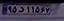
۹۵د۱۱۵۶۷